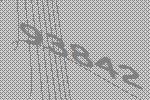
93842